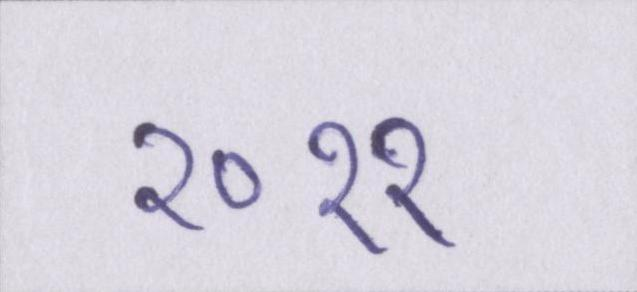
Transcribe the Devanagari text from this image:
२०११